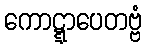
ကောဋ္ဋာပေတဗ္ဗံ